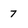
Character: 7